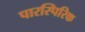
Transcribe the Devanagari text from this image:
पारस्पिरिक